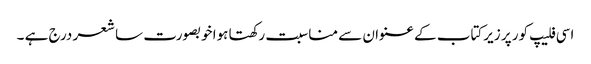
اسی فلیپ کور پر زیرکتاب کے عنوان سے مناسبت رکھتا ہوا خوبصورت سا شعر درج ہے ۔